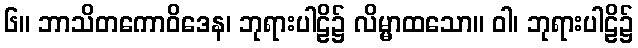
၆။ ဘာသိတကောဝိဒေန၊ ဘုရားပါဠိ၌ လိမ္မာထသော။ ဝါ၊ ဘုရားပါဠိ၌